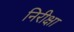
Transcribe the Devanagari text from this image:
निरीक्षा